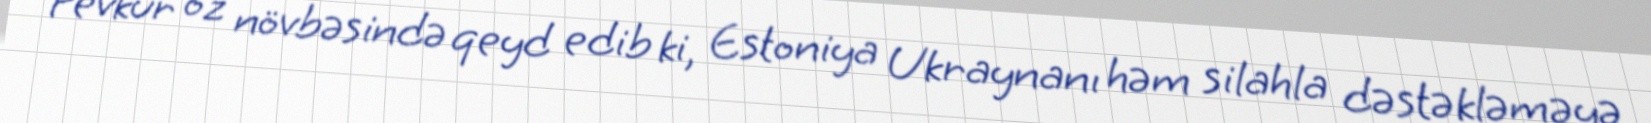
Pevkur öz növbəsində qeyd edib ki, Estoniya Ukraynanı həm silahla dəstəkləməyə